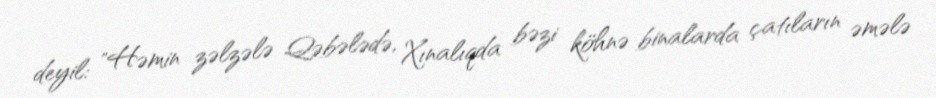
deyil: "Həmin zəlzələ Qəbələdə, Xınalıqda bəzi köhnə binalarda çatıların əmələ